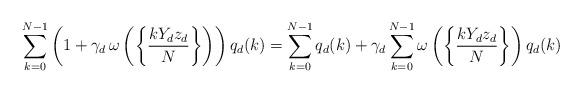
LaTeX: \begin{align*}\sum_{k=0}^{N-1} \left( 1 + \gamma_d \, \omega\left( \left\{ \frac{k Y_d z_d}{N} \right\} \right) \right) q_d(k)&=\sum_{k=0}^{N-1} q_d(k) + \gamma_d \sum_{k=0}^{N-1} \omega\left( \left\{ \frac{k Y_d z_d}{N} \right\} \right) q_d(k)\end{align*}